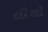
લીથો